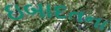
ઇબાદતના